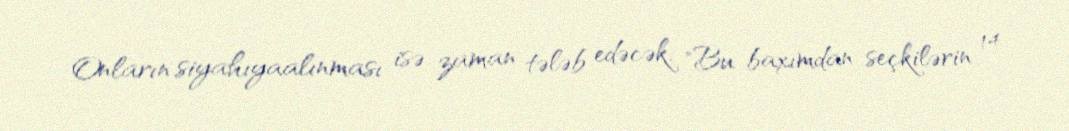
Onların siyahıyaalınması isə zaman tələb edəcək: "Bu baxımdan seçkilərin 14